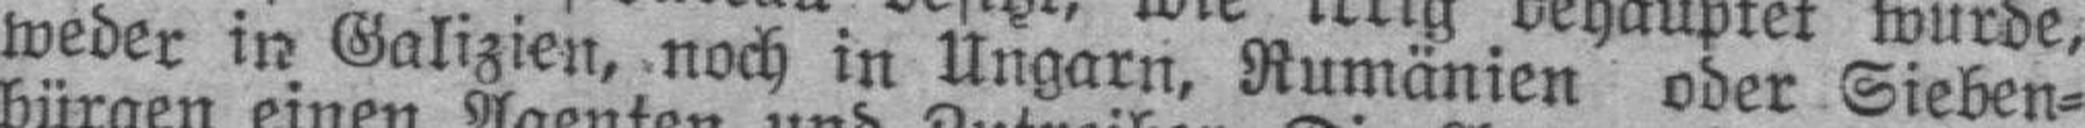
weder in Galizien, noch in Ungarn, Rumänien oder Sieben¬